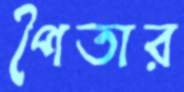
পৈতার